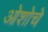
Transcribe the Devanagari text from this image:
ओशोचे